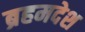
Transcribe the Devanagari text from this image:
ब्रहमदेश